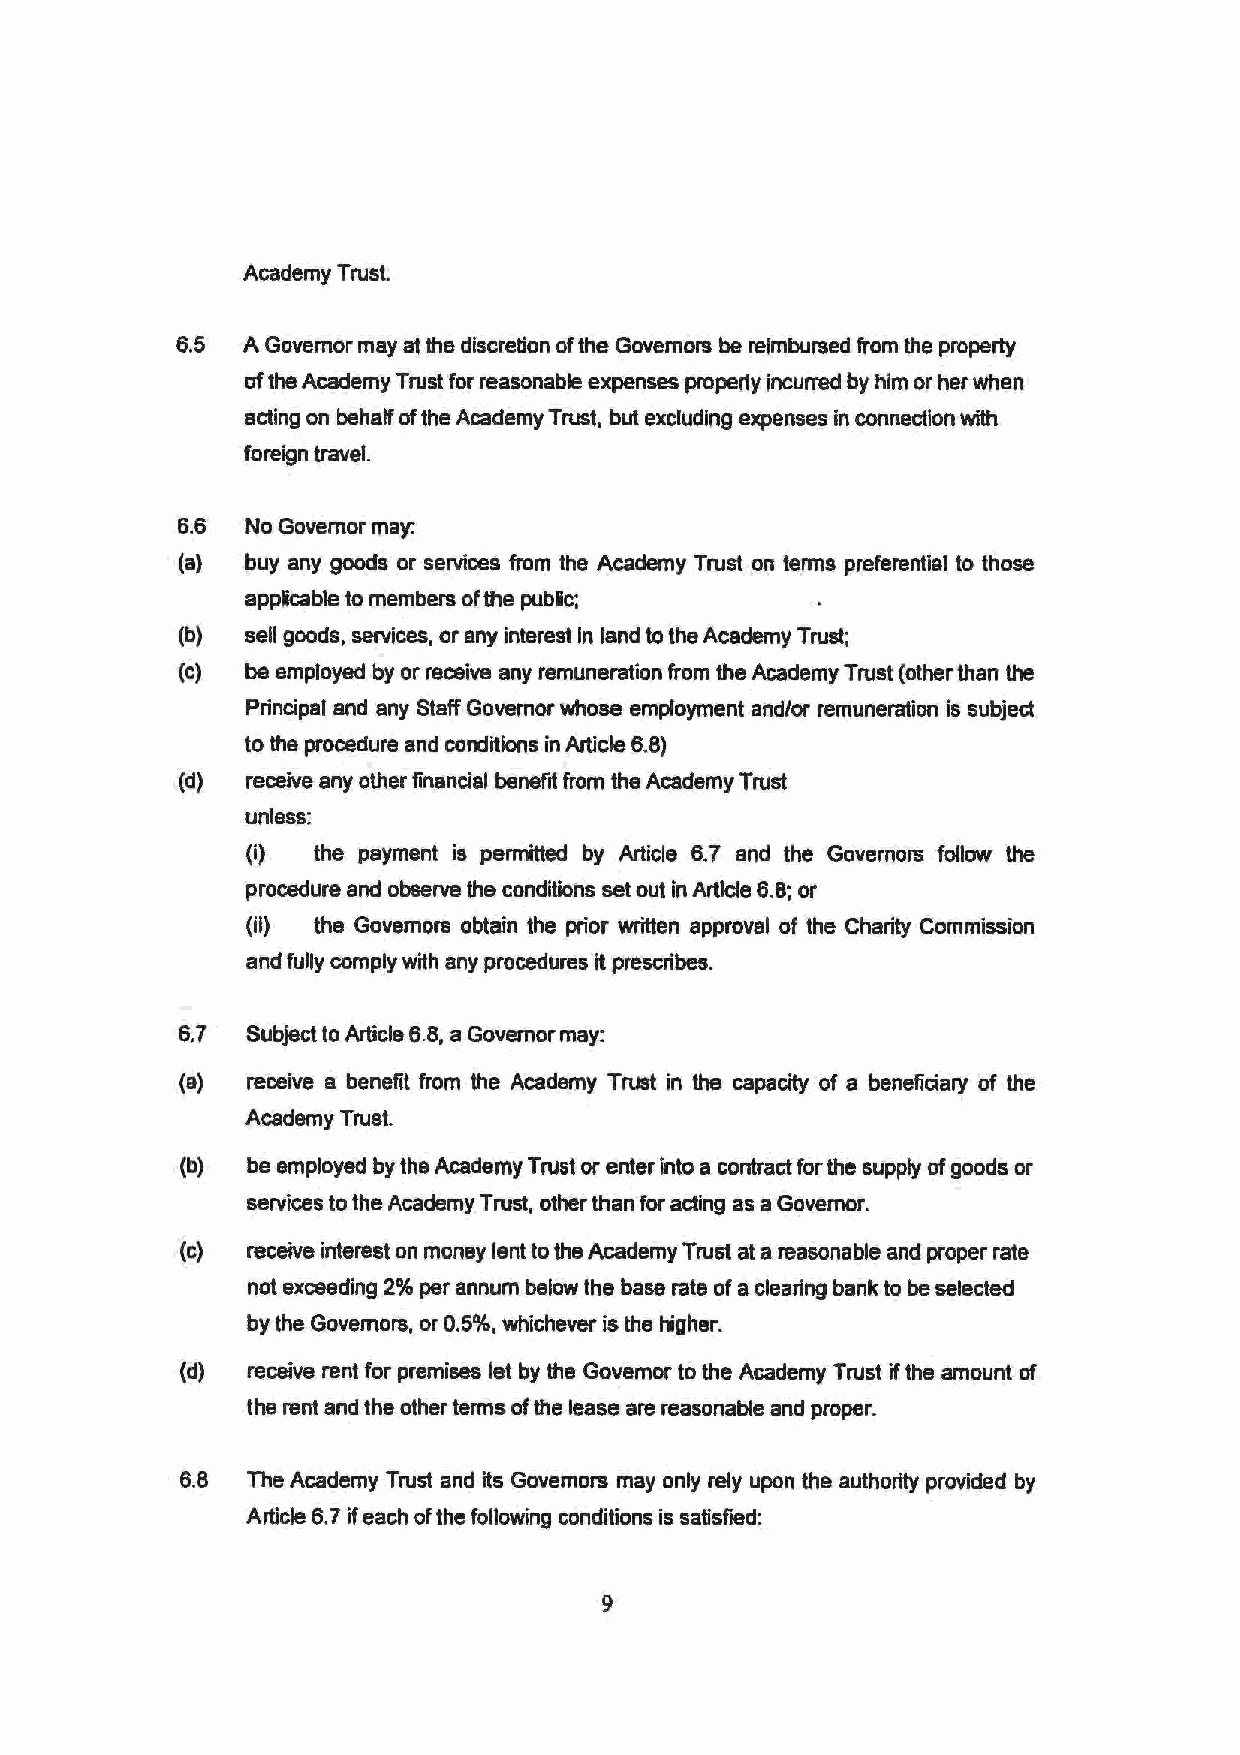
Academy Trust.
 6.5 A Governor may at the discretion of the Governors be reimbursed from the property
 of the Academy Trust for reasonable expenses properly incurred by him or her when
 acting on behalf of the Academy Trust, but excluding expenses in connection with
 foreign travel.
 6.6 No Governor may:
 (a) buy any goods or services from the Academy Trust on terms preferential to those
 applicable to members of the public;
 (b) sell goods, services, or any interest In land to the Academy Trust;
 (c) be employed by or receive any remuneration from the Academy Trust (other than the
 Principal and any Staff Governor whose employment and/or remuneration is subject
 to the procedure and conditions in Article 6.8)
 (d) receive any other financial benefit from the Academy Trust
 unless:
 (i)  the payment is permitted by Article 6.7 and the Governors foUow the
 procedure and observe the conditions set out in Article 6.8; or
 (il) the Governors obtain the prior written approval of the Charity Commission
 and fully comply with any procedures it prescribes.
 6. 7 Subject to Article 6.8, a Governor may:
 (a) receive a benefit from the Academy Trust in the capacity of a beneficiary of the
 Academy Trust.
 (b) be employed by the Academy Trust or enter into a contract for the supply of goods or
 services to the Academy Trust, other than for acting as a Governor.
 (c) receive interest on money lent to the Academy Trust at a reasonable and proper rate
 not exceeding 2% per annum below the base rate of a clearing bank to be selected
 by the Govemors, or 0.5%, whichever is the higher.
 (d) receive rent for premises let by the Governor to the Academy Trust if the amount of
 the rent and the other terms of the lease are reasonable and proper.
 6.8 The Academy Trust and its Governors may only rely upon the authority provided by
 Article 6.7 if each of the following conditions is satisfied:
 9